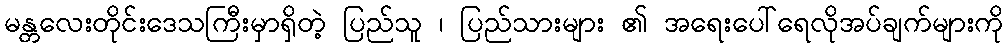
မန္တလေးတိုင်းဒေသကြီးမှာရှိတဲ့ ပြည်သူ ၊ ပြည်သားများ ၏ အရေးပေါ်ရေလိုအပ်ချက်များကို